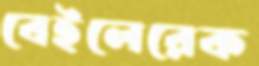
বেইলেরেক